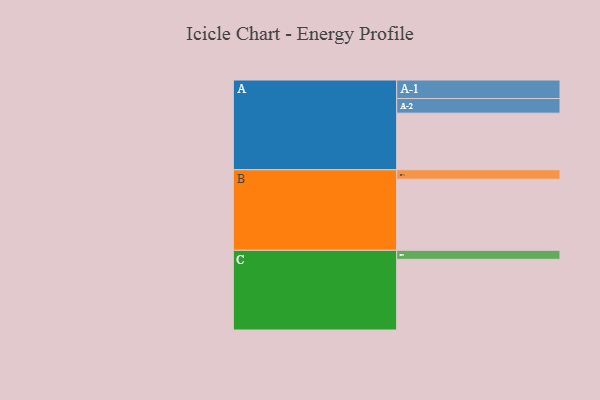
{"axis": {"x": "Segment", "y": "Value"}, "legend": ["", "A", "B", "C"], "data": [{"x": "A", "y": 394, "type": ""}, {"x": "B", "y": 495, "type": ""}, {"x": "C", "y": 492, "type": ""}, {"x": "A-1", "y": 129, "type": "A"}, {"x": "A-2", "y": 102, "type": "A"}, {"x": "B-1", "y": 66, "type": "B"}, {"x": "C-1", "y": 63, "type": "C"}]}